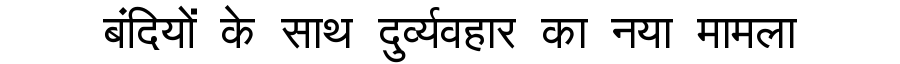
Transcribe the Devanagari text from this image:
बंदियों के साथ दुर्व्यवहार का नया मामला